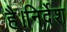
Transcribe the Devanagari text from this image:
है।निर्देश